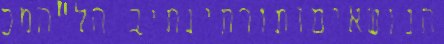
הנושאיםותורתינתיב הל"המכ